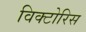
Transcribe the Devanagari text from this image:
विक्टोरिस